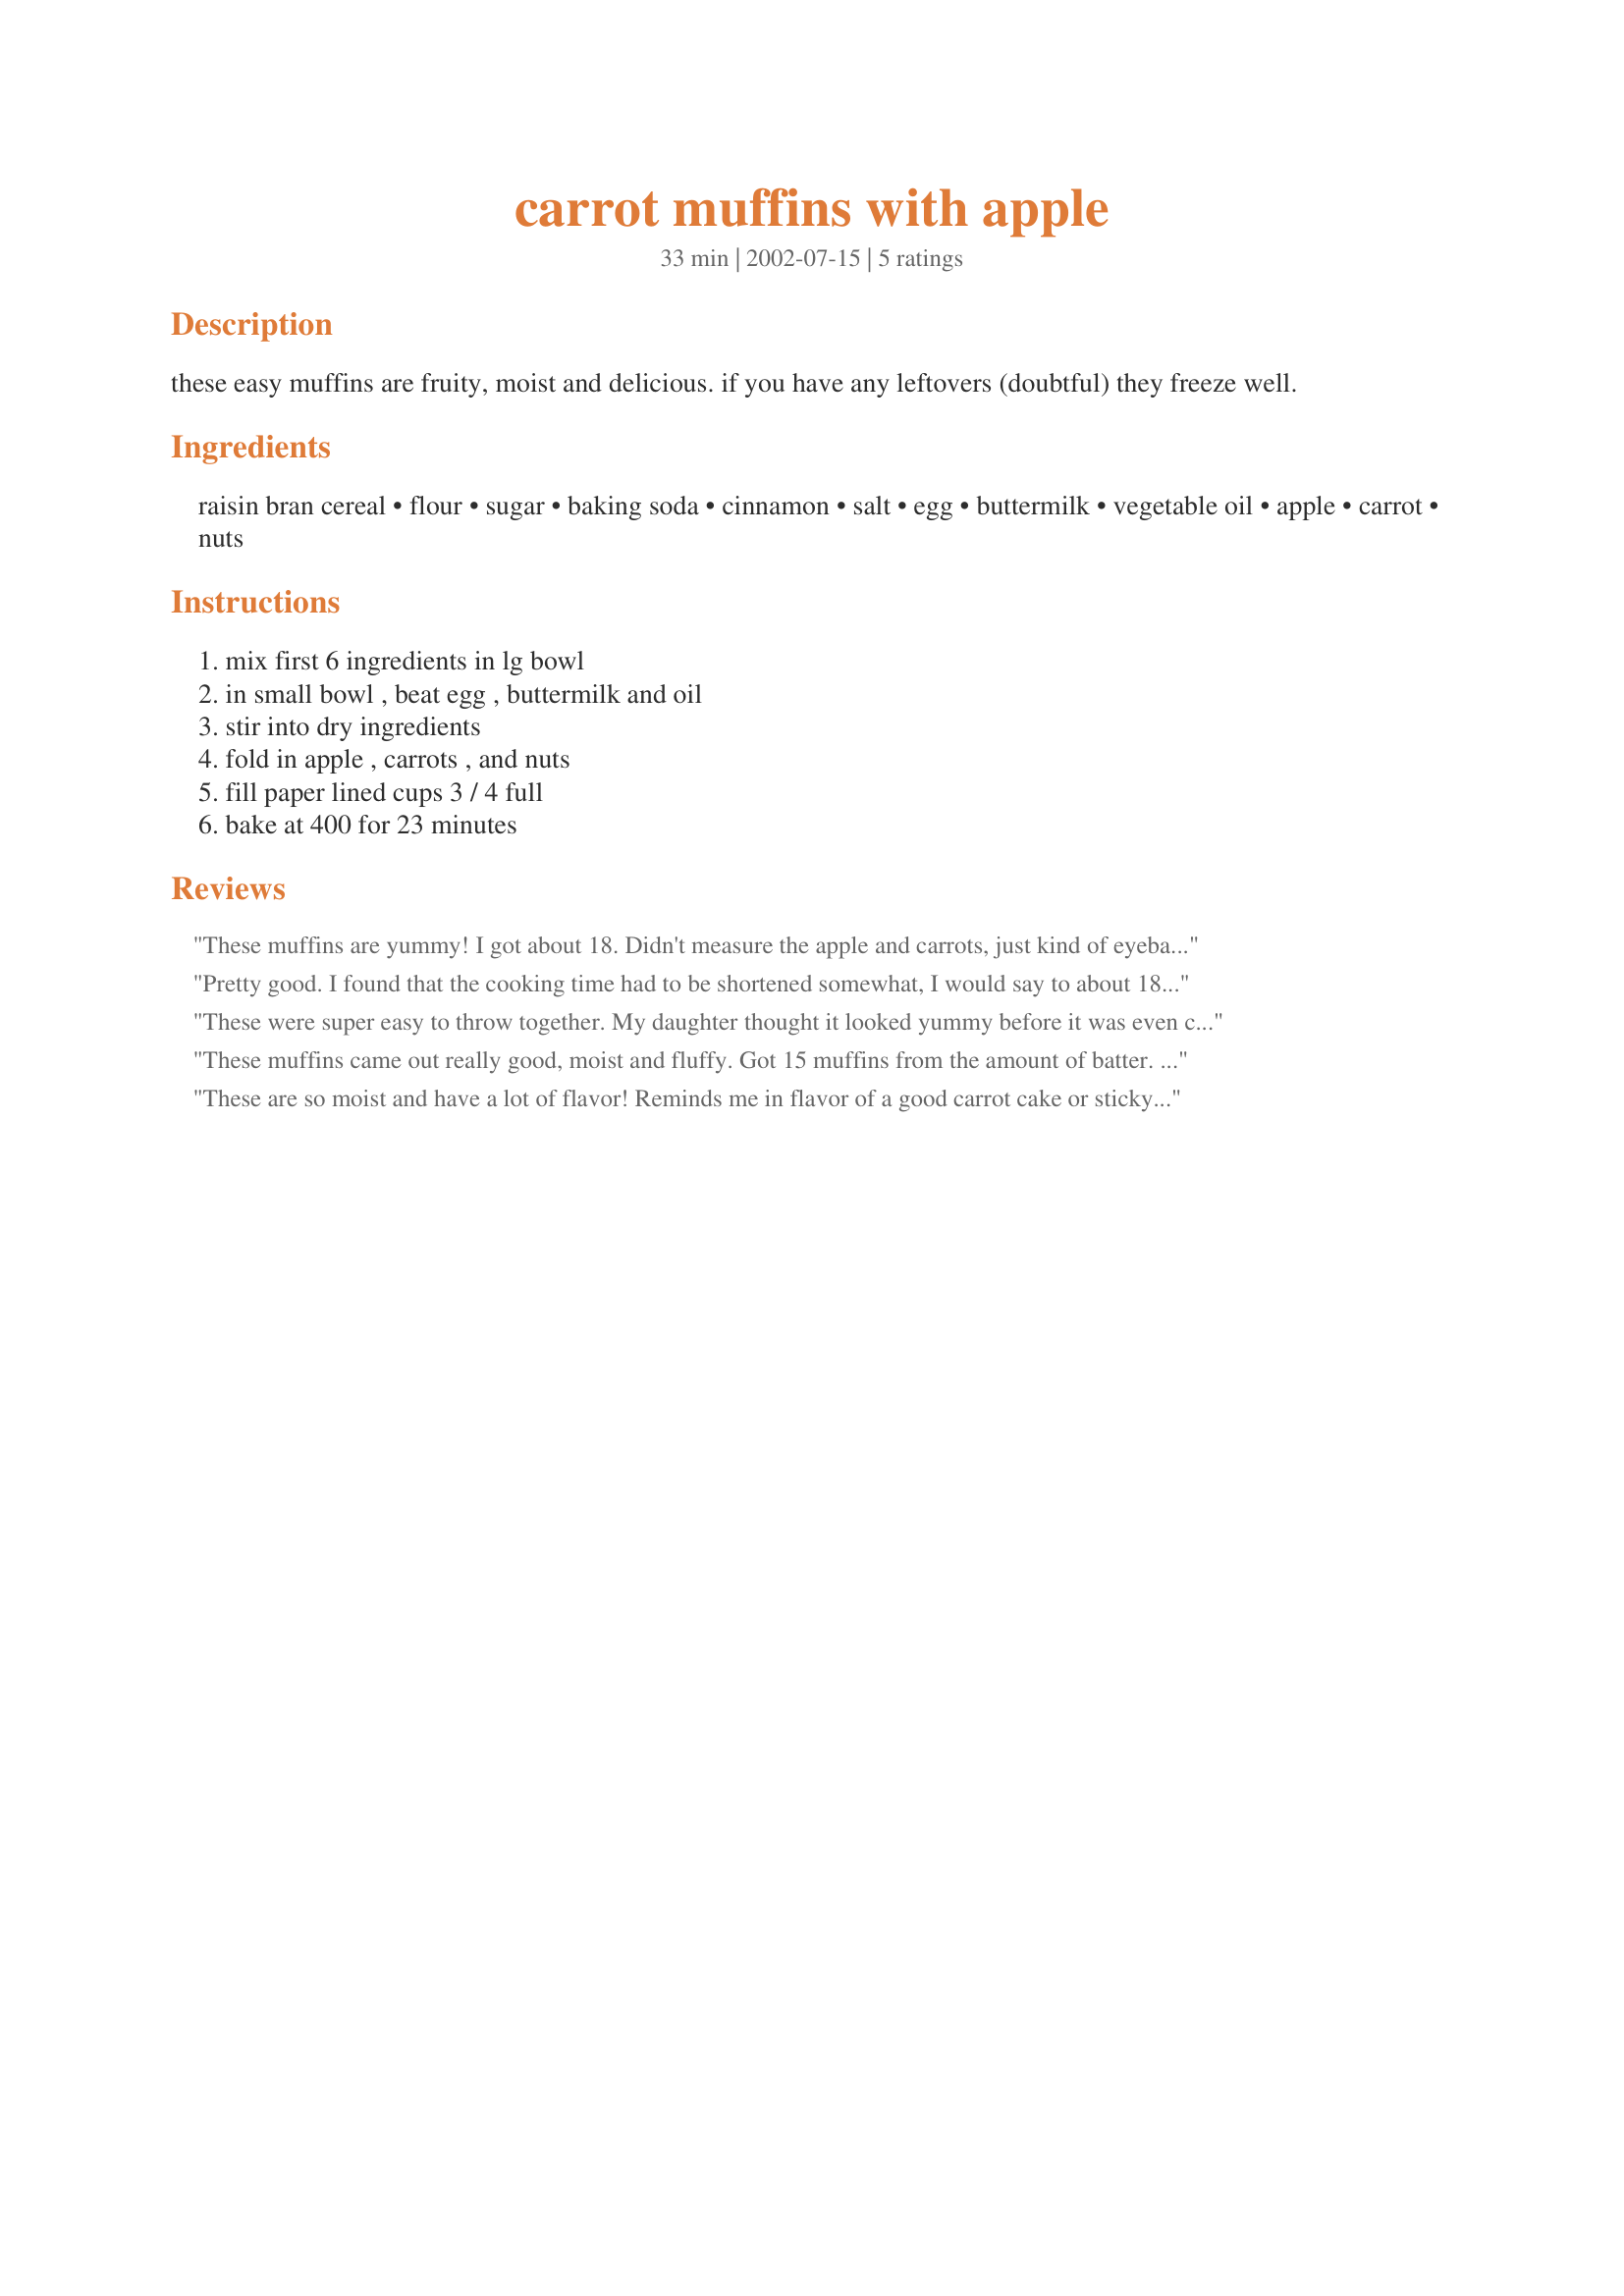
carrot muffins with apple
Preparation time: 33 minutes

these easy muffins are fruity, moist and delicious. if you have any leftovers (doubtful) they freeze well.

Ingredients:
raisin bran cereal, flour, sugar, baking soda, cinnamon, salt, egg, buttermilk, vegetable oil, apple, carrot, nuts

Steps:
mix first 6 ingredients in lg bowl, in small bowl , beat egg , buttermilk and oil, stir into dry ingredients, fold in apple , carrots , and nuts, fill paper lined cups 3 / 4 full, bake at 400 for 23 minutes

Reviews:
These muffins are yummy! I got about 18. Didn't measure the apple and carrots, just kind of eyeballed it, probably used more like a cup of each - which was definitely too wet, and will be more careful next time. The picky toddlers gobbled them up.
Pretty good. I found that the cooking time had to be shortened somewhat, I would say to about 18 minutes.
These were super easy to throw together. My daughter thought it looked yummy before it was even cooked. I used a lemon juice/milk combo as we don't buy buttermilk and used olive oil, again, we don't buy canola. I skipped on the walnuts to save calories. I will also cut down the sugar next time to 1/2 cup. They were very good! I'm going to see how well they freeze for quick nuked breakfast on the rub. I thought the addition of Raisin Bran was great!
These muffins came out really good, moist and fluffy. Got 15 muffins from the amount of batter. They did cook faster than amount of time stated, so check at the 15 minute mark, and I did lower my heat to 375 also. I will be making these again for the grandkids.
These are so moist and have a lot of flavor! Reminds me in flavor of a good carrot cake or sticky toffee pudding. My husband grimaced a bit when he saw me adding carrots to a muffin, but he sure loved the muffins. The carrots add a lot! I shredded and chopped the carrots/apples in the processor so he wouldn't notice the carrots. Note: I like to make mine bigger and yield 10. Thanks MizzNezz!
Roxygirl
